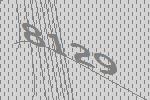
8129